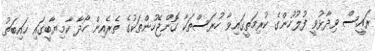
ރައީސް ވިދާޅުވީ ފުލުހުންގެ ކުރިމަތީގައިވާ ހުރަސްތަކާ ގޮންޖެހުންތަކުގެ ތެރެއިން ހޯދާ ކާމިޔާބީގައި ހައިބަތު